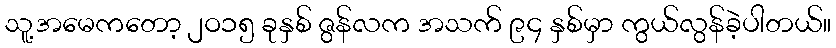
သူ့အမေကတော့ ၂ဝ၁၅ ခုနှစ် ဇွန်လက အသက် ၉၄ နှစ်မှာ ကွယ်လွန်ခဲ့ပါတယ်။